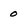
Character: 0